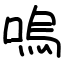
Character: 嗚